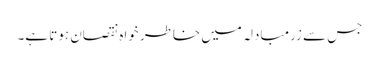
جس سے زرمبادلہ میں خاطر خواہ نقصان ہوتا ہے۔